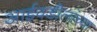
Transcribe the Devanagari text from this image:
आईवडीलांच्या